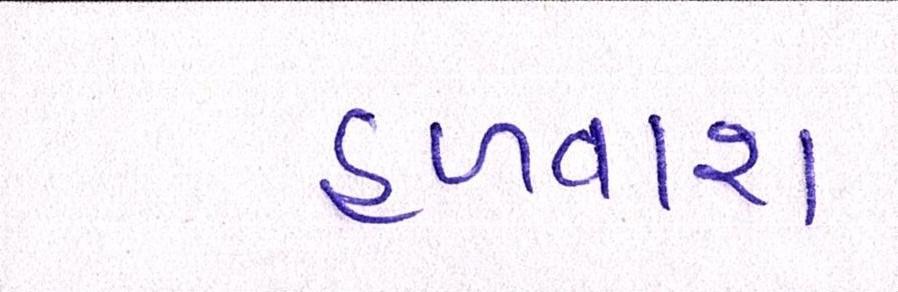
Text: હળવાશ